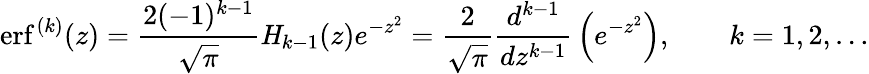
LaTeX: \operatorname{erf}^{(k)}(z)={\frac{2(-1)^{k-1}}{\sqrt{\pi}}}{\mathit{H}}_{k-1}(z)e^{-z^{2}}={\frac{2}{\sqrt{\pi}}}{\frac{d^{k-1}}{dz^{k-1}}}\left(e^{-z^{2}}\right),\qquad k=1,2,\dots